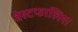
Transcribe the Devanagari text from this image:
वेस्टफालिश